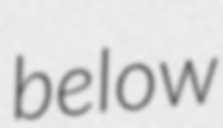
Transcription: below